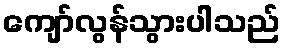
ကျော်လွန်သွားပါသည်